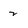
Character: 2